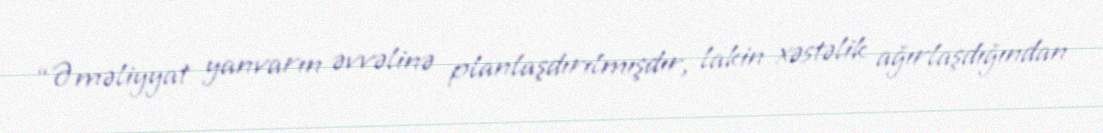
“Əməliyyat yanvarın əvvəlinə planlaşdırılmışdır, lakin xəstəlik ağırlaşdığından